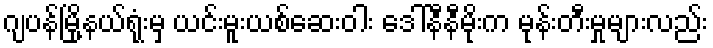
ဂျပန်မြို့နယ်ရုံးမှ ယင်းမူးယစ်ဆေးဝါး ဒေါ်နီနီမိုးက မုန်းတီးမှုများလည်း